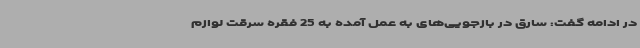
در ادامه گفت: سارق در بازجویی‌های به عمل آمده به 25 فقره سرقت لوازم